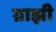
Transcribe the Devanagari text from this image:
ग्राझी